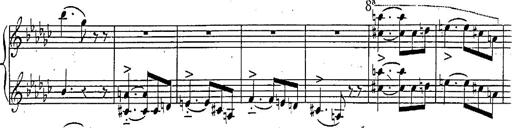
Title: Marche et Cavatine de Lucie de Lammermoor, S.398
Composer: Franz Liszt